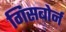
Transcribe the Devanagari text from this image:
गिसबोर्न